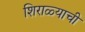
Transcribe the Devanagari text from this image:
शिराळ्याची